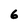
Character: 6